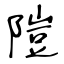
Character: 隑